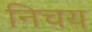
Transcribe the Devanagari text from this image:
निचय